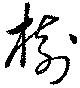
樹